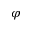
\varphi